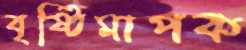
বৃষ্টিমাপক